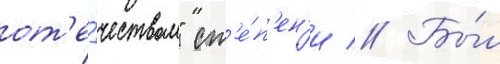
от'е́чеством" ст'е́п'ен'и // Бы́л